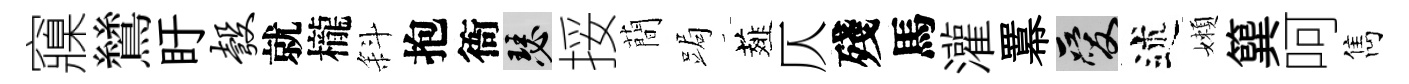
䆿鷥盱彀就櫳斜抱衙瑟挼蕳跼薤仄殘馬灌羃爱述嬾簨呵雋